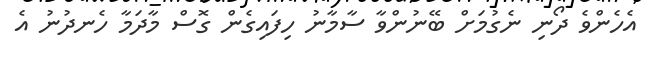
އެހެންވެ ދޯނި ނެގުމަށް ބޭނުންވާ ސާމާނު ހިފައިގެން ގޮސް މާދަމާ ހެނދުނު އެ